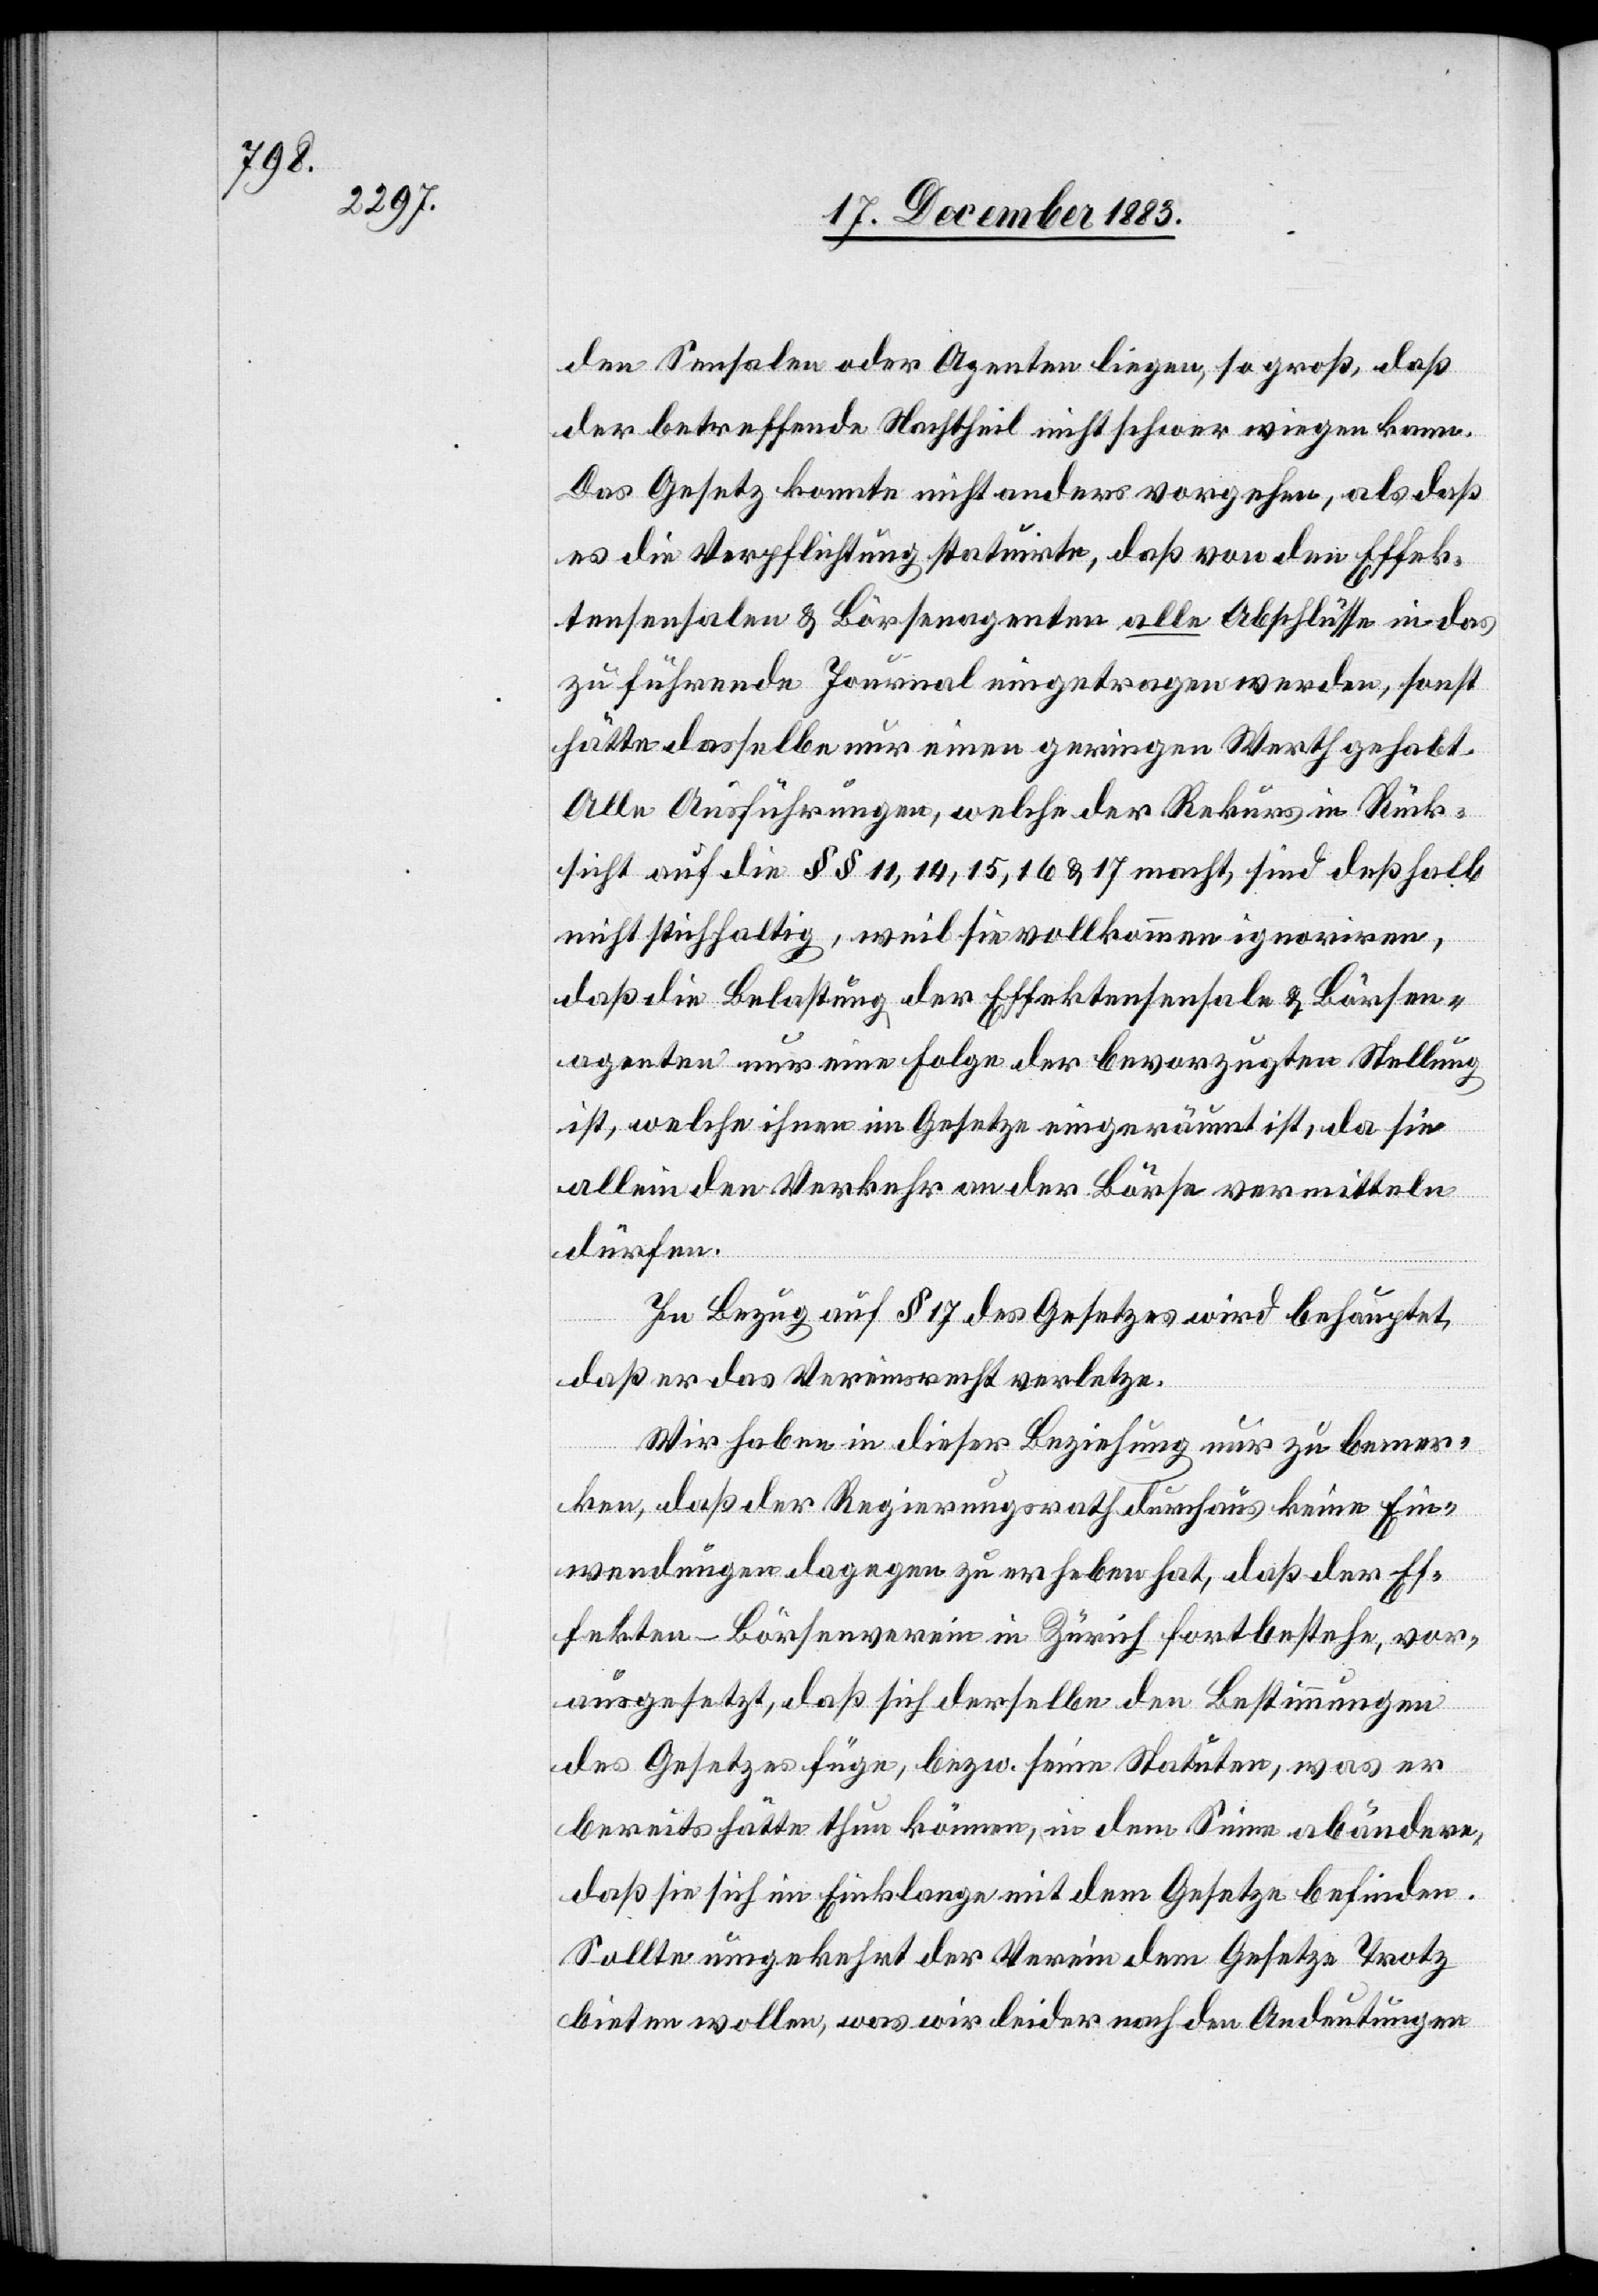
den Sensalen oder Agenten liegen, so groß, daß
der betreffende Nachtheil nicht schwer wiegen kann.
Das Gesetz konnte nicht anders vorgehen, als daß
es die Verpflichtung statuirte, daß von den Effek¬
tensensalen & Börsenagenten alle Abschlüsse in das
zu führende Journal eingetragen werden, sonst
hätte dasselbe nur einen geringen Werth gehabt.
Alle Ausführungen, welche der Rekurs in Rück¬
sicht auf die §§ 11, 14, 15, 16 & 17 macht, sind deßhalb
nicht stichhaltig, weil sie vollkommen ignoriren,
daß die Belastung der Effektensensale & Börsen¬
agenten nur eine Folge der bevorzugten Stellung
ist, welche ihnen im Gesetze eingeräumt ist, da sie
allein den Verkehr an der Börse vermitteln
dürfen.
In Bezug auf § 17 des Gesetzes wird behauptet,
daß er das Vereinsrecht verletze.
Wir haben in dieser Beziehung nur zu bemer¬
ken, daß der Regierungsrath durchaus keine Ein¬
wendungen dagegen zu erheben hat, daß der Ef¬
fekten-Börsenverein in Zürich fortbestehe, vor¬
ausgesetzt, daß sich derselbe den Bestimmungen
des Gesetzes füge, bezw. seine Statuten, was er
bereits hätte thun können, in dem Sinne abändern,
daß sie sich im Einklange mit dem Gesetze befinden.
Sollte umgekehrt der Verein dem Gesetze Trotz
bieten wollen, was wir leider nach den Andeutungen